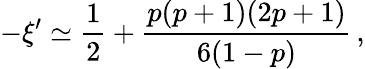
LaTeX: -\xi^{\prime}\simeq{\frac{1}{2}}+{\frac{p(p+1)(2p+1)}{6(1-p)}}\, ,